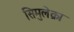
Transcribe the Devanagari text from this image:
सिमुलेक्रा